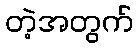
တဲ့အတွက်